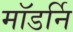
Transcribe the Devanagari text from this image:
मॉडर्नि